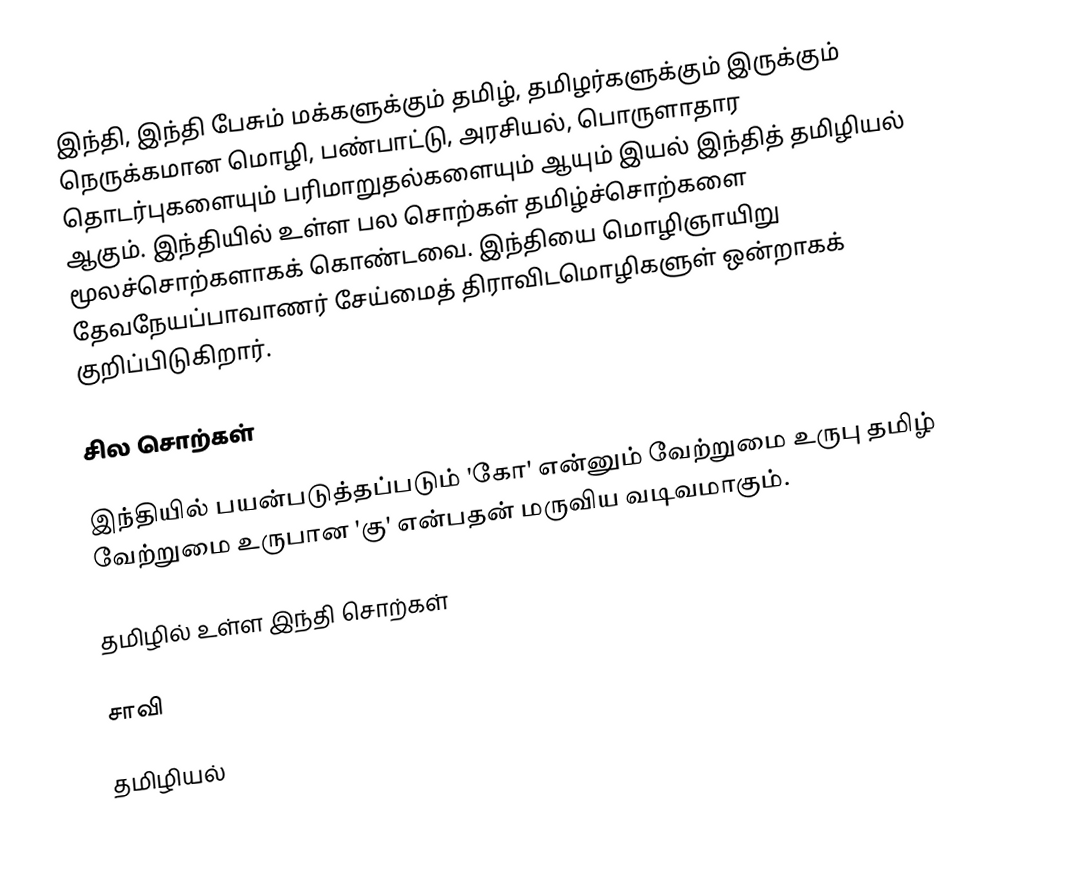
இந்தி, இந்தி பேசும் மக்களுக்கும் தமிழ், தமிழர்களுக்கும் இருக்கும் நெருக்கமான மொழி, பண்பாட்டு, அரசியல், பொருளாதார தொடர்புகளையும் பரிமாறுதல்களையும் ஆயும் இயல் இந்தித் தமிழியல் ஆகும்.  இந்தியில் உள்ள பல சொற்கள் தமிழ்ச்சொற்களை மூலச்சொற்களாகக் கொண்டவை.  இந்தியை மொழிஞாயிறு தேவநேயப்பாவாணர் சேய்மைத் திராவிடமொழிகளுள் ஒன்றாகக் குறிப்பிடுகிறார்.

சில சொற்கள்

இந்தியில் பயன்படுத்தப்படும் 'கோ' என்னும் வேற்றுமை உருபு தமிழ் வேற்றுமை உருபான 'கு' என்பதன் மருவிய வடிவமாகும்.

தமிழில் உள்ள இந்தி சொற்கள்

சாவி

தமிழியல்